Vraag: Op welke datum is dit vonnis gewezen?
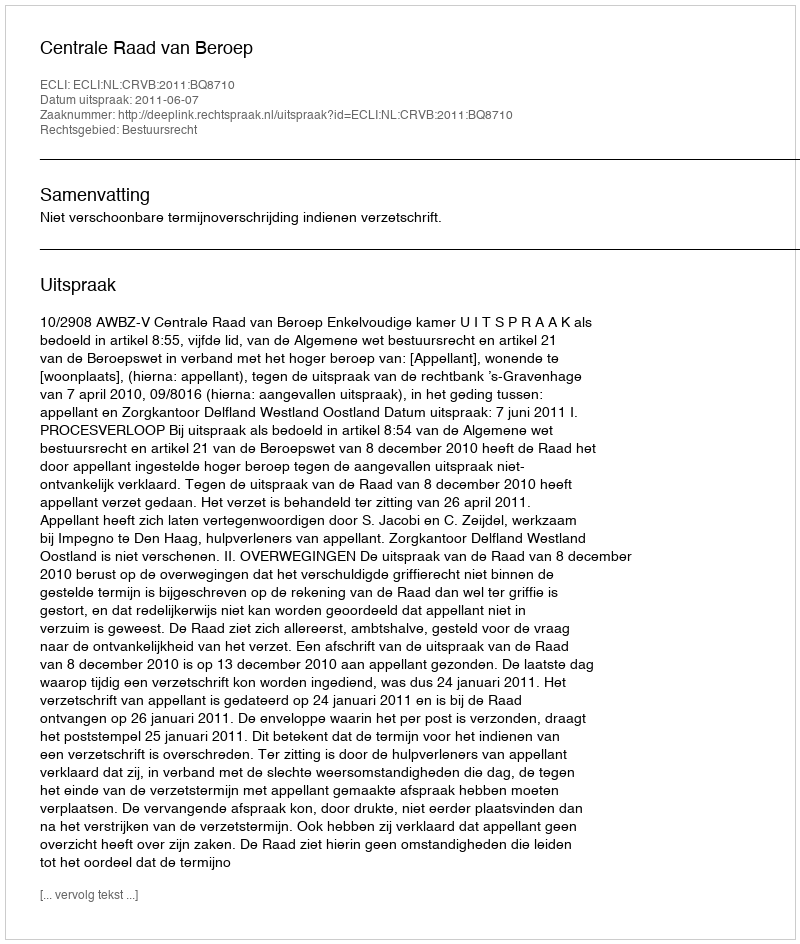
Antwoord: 2011-06-07